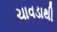
ચાવડાથી